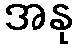
အနု